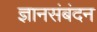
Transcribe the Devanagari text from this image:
ज्ञानसंबंदन